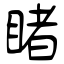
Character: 睹